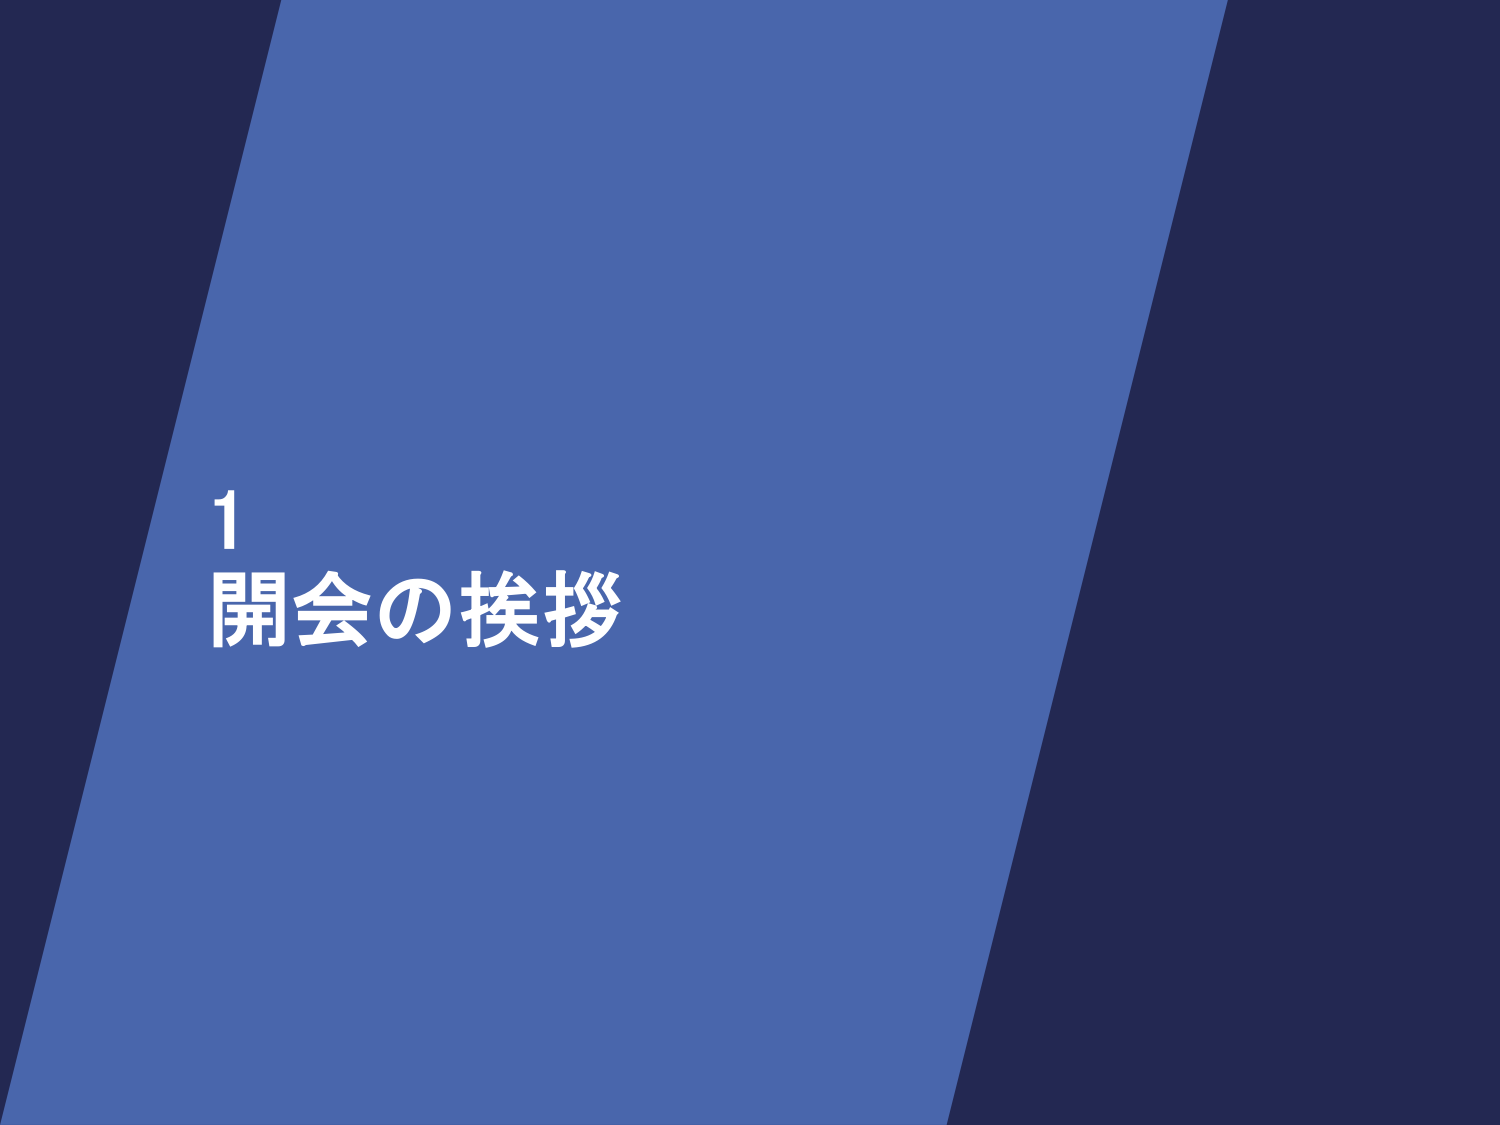
1
開会の挨拶